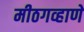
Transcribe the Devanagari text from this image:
मीठगव्हाणे